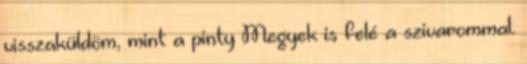
visszaküldöm, mint a pinty Megyek is felé a szivarommal.